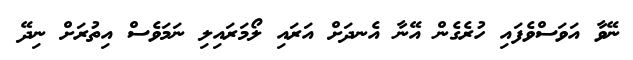
ނޭވާ އަވަސްވެފައި ހުރެގެން އޭނާ އެނދަށް އަރައި ލޯމަރައިލި ނަމަވެސް އިތުރަށް ނިދޭ